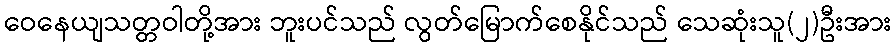
ဝေနေယျသတ္တဝါတို့အား ဘူးပင်သည် လွတ်မြောက်စေနိုင်သည် သေဆုံးသူ(၂)ဦးအား